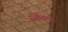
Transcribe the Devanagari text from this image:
संबंधितचे